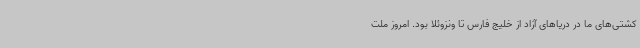
کشتی‌های ما در دریاهای آزاد از خلیج فارس تا ونزوئلا بود. امروز ملت